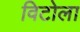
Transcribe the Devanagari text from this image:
विटोला